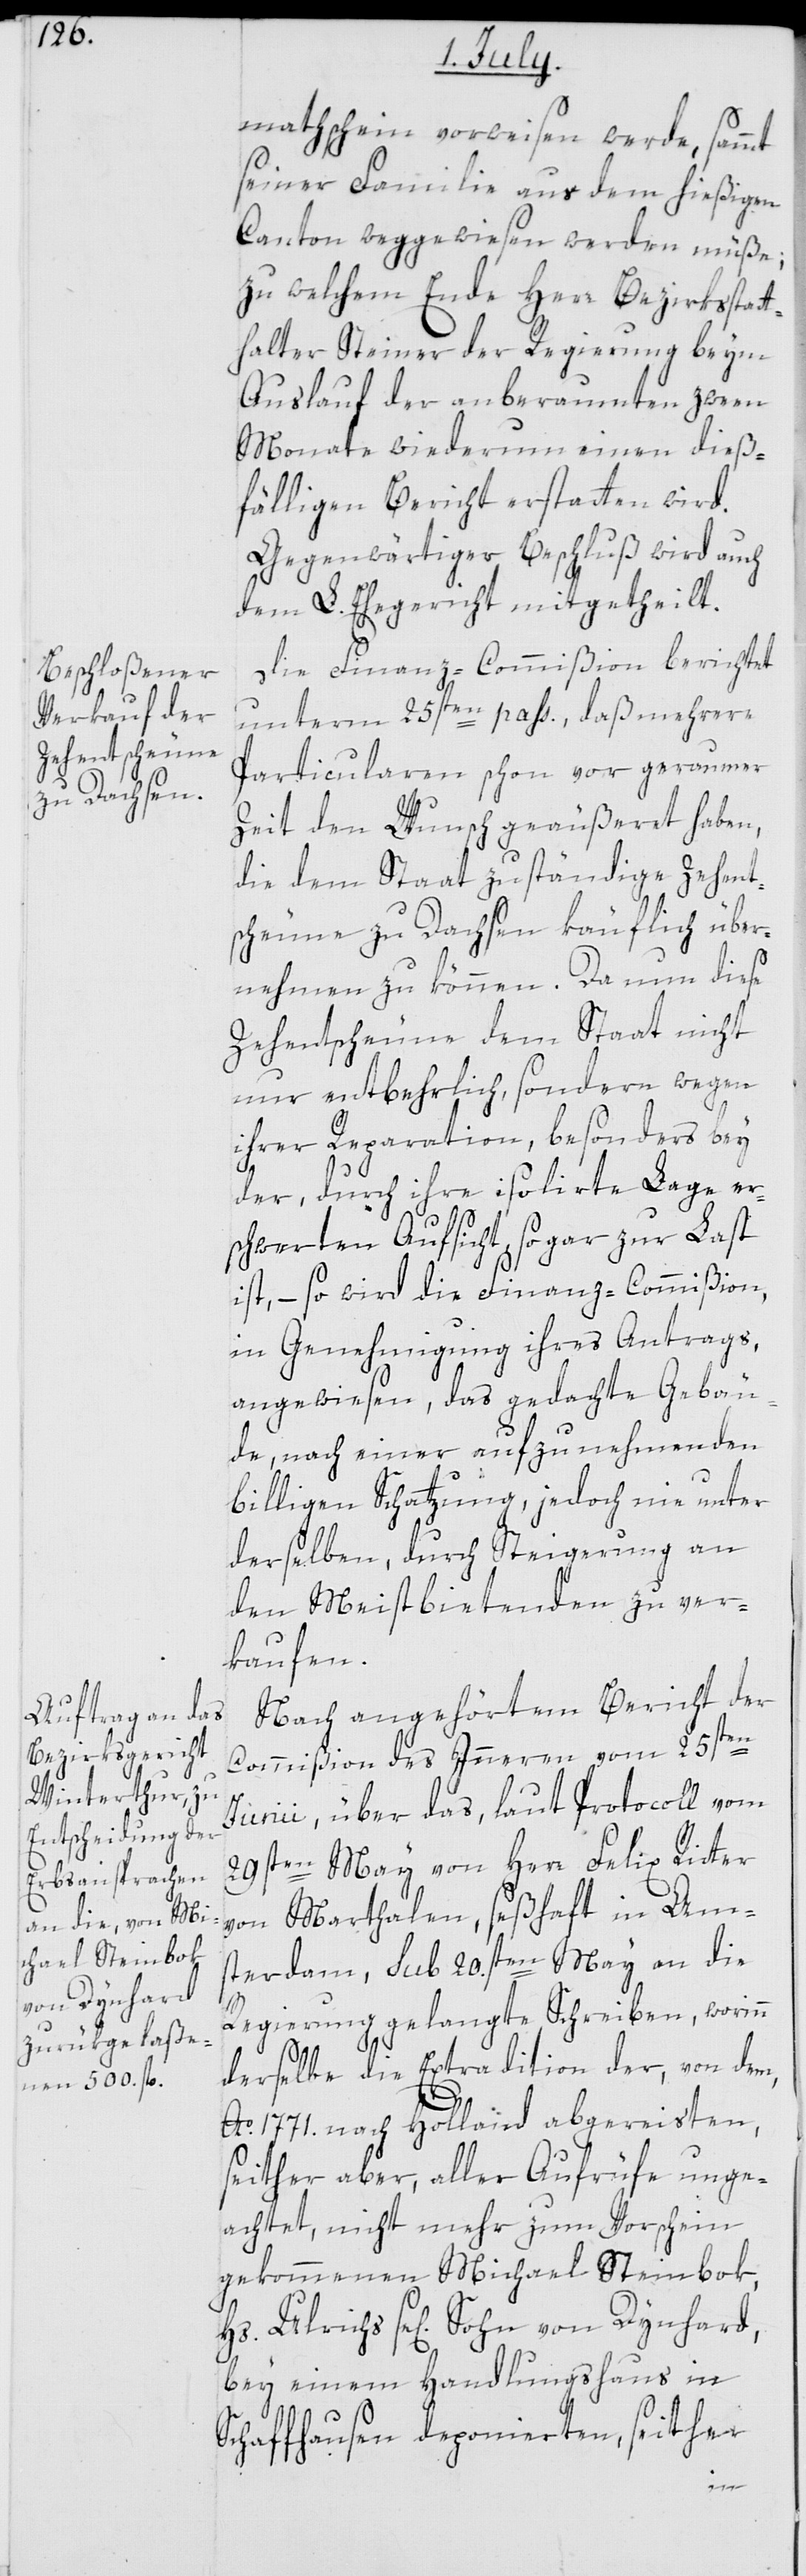
von Dynhard,

mathschein vorweisen werde, sammt
seiner Familie aus dem hießigen
Canton weggewiesen werden müße;
zu welchem Ende Herr Bezirksstat¬
thalter Steiner der Regierung beym
Auslauf der anberaumten zween
Monate wiederum einen dieß¬
fälligen Bericht erstatten wird.
Gegenwärtiger Beschluß wird auch
dem L. Ehegericht mitgetheilt.
Die Finanz-Commißion berichtet
unterm 25sten pass., daß mehrere
Particularen schon vor geraumer
Zeit den Wunsch geäußert haben,
die dem Staat zuständige Zehent¬
scheune zu Dachsen käuflich über¬
nehmen zu können. Da nun diese
Zehentscheune dem Staat nicht
nur entbehrlich, sondern wegen
ihrer Reparation, besonders bey
der, durch ihre isolierte Lage ers¬
chwerten Aufsicht, sogar zur Last
ist, – so wird die Finanz-Commißion,
in Genehmigung ihres Antrags,
angewiesen, das gedachte Gebäu¬
de, nach einer aufzunehmenden
billigen Schatzung, jedoch nie unter
derselben, durch Steigerung an
den Meistbietenden zu ver¬
kaufen.
Nach angehörtem Bericht der
Commißion des Inneren vom 25sten
Junii, über das, laut Protocoll vom
29sten May von Herr Felix Ritter
von Marthalen, seßhaft in Am¬
sterdam, sub 20.sten May an die
Regierung gelangte Schreiben, worinn
derselbe die Extradition der, von dem,
Ao. 1771. nach Holland abgereisten,
seither aber, aller Aufrüfe unge¬
achtet, nicht mehr zum Vorschein
gekommenen Michael Steinbok,
bey einem Handlungshaus in
Schaffhausen deponierten, seither